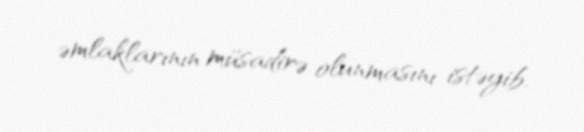
əmlaklarının müsadirə olunmasını istəyib.